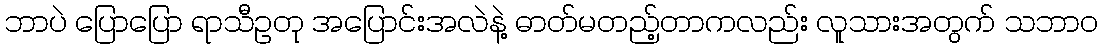
ဘာပဲ ပြောပြော ရာသီဥတု အပြောင်းအလဲနဲ့ ဓာတ်မတည့်တာကလည်း လူသားအတွက် သဘာဝ